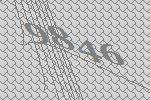
9846